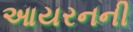
આયરનની